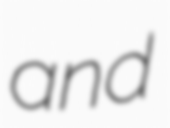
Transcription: and